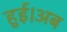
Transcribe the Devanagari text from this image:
हुई।अब